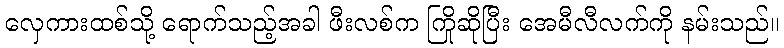
လှေကားထစ်သို့ ရောက်သည့်အခါ ဖီးလစ်က ကြိုဆိုပြီး အေမီလီလက်ကို နမ်းသည်။